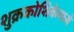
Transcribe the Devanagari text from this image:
शुक्रकोशिकेमध्ये